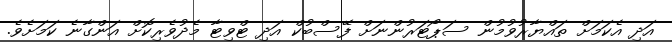
އަދި އެކަމަށް ތައްޔާރުވުމުން ސަޕޯޓަރުންނަށް ފޭސްބުކް އަދި ޓްވިޓާ މެދުވެރިކޮށް އަންގާނެ ކަމަށެވެ.